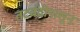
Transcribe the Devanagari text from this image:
तटबंदीपासून